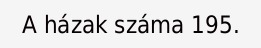
A házak száma 195.